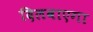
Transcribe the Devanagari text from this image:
दिलवाएगा